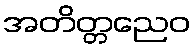
အတိတ္တညေဝ